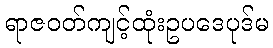
ရာဇဝတ်ကျင့်ထုံးဥပဒေပုဒ်မ